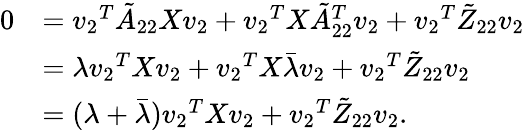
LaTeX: \begin{array}{rl}{0}&{={v_{2}}^{T}\tilde{A}_{22}X{v_{2}}+{v_{2}}^{T}X\tilde{A}_{22}^{T}{v_{2}}+{v_{2}}^{T}\tilde{Z}_{22}{v_{2}}}\\ &{=\lambda{{v_{2}}^{T}}X{v_{2}}+{v_{2}}^{T}X\bar{\lambda}{v_{2}}+{v_{2}}^{T}\tilde{Z}_{22}{v_{2}}}\\ &{=(\lambda+\bar{\lambda}){v_{2}}^{T}X{v_{2}}+{v_{2}}^{T}\tilde{Z}_{22}{v_{2}}.}\end{array}